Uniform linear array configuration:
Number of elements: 12
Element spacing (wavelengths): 0.5
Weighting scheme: binomial
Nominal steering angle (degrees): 15
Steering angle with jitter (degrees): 15.275
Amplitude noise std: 0.05
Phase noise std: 0.05

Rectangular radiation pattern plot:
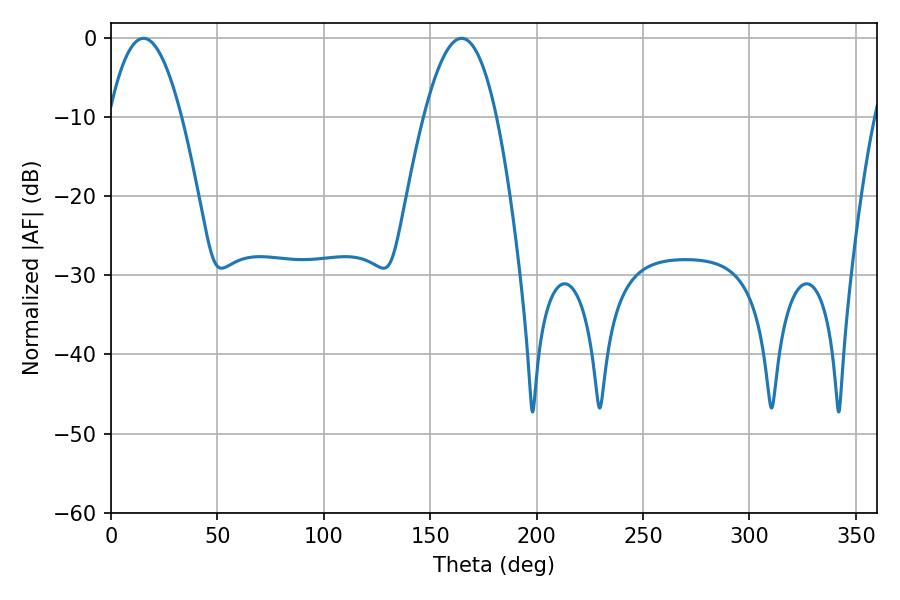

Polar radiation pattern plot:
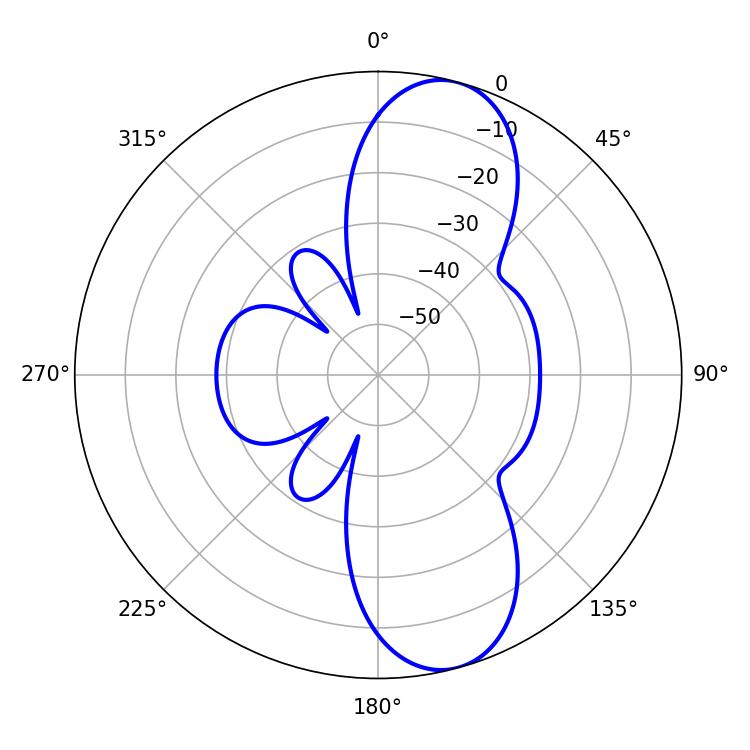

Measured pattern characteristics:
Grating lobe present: FALSE
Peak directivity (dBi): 10.239
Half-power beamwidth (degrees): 18.72
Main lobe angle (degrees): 15.3